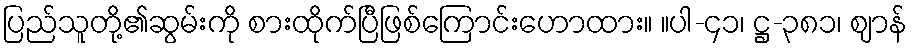
ပြည်သူတို့၏ဆွမ်းကို စားထိုက်ပြီဖြစ်ကြောင်းဟောထား။ ။ပါ-၄၁၊ ဋ္ဌ-၃၈၁၊ ဈာန်